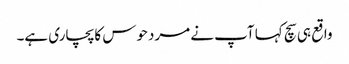
واقع ہی سچ کہا آپ نے مردحوس کا پچاری ہے۔